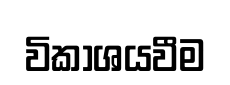
විකාශයවීම